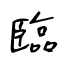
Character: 臨